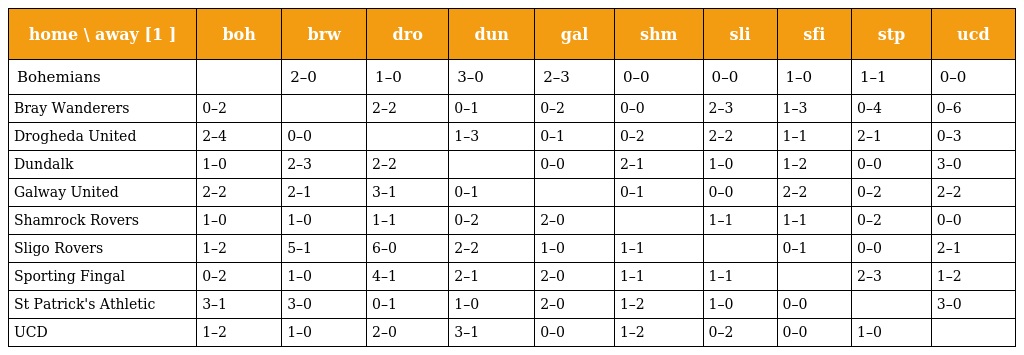
| home \ away [1 ] | boh | brw | dro | dun | gal | shm | sli | sfi | stp | ucd |
 | --- | --- | --- | --- | --- | --- | --- | --- | --- | --- | --- |
 | Bohemians |  | 2–0 | 1–0 | 3–0 | 2–3 | 0–0 | 0–0 | 1–0 | 1–1 | 0–0 |
 | Bray Wanderers | 0–2 |  | 2–2 | 0–1 | 0–2 | 0–0 | 2–3 | 1–3 | 0–4 | 0–6 |
 | Drogheda United | 2–4 | 0–0 |  | 1–3 | 0–1 | 0–2 | 2–2 | 1–1 | 2–1 | 0–3 |
 | Dundalk | 1–0 | 2–3 | 2–2 |  | 0–0 | 2–1 | 1–0 | 1–2 | 0–0 | 3–0 |
 | Galway United | 2–2 | 2–1 | 3–1 | 0–1 |  | 0–1 | 0–0 | 2–2 | 0–2 | 2–2 |
 | Shamrock Rovers | 1–0 | 1–0 | 1–1 | 0–2 | 2–0 |  | 1–1 | 1–1 | 0–2 | 0–0 |
 | Sligo Rovers | 1–2 | 5–1 | 6–0 | 2–2 | 1–0 | 1–1 |  | 0–1 | 0–0 | 2–1 |
 | Sporting Fingal | 0–2 | 1–0 | 4–1 | 2–1 | 2–0 | 1–1 | 1–1 |  | 2–3 | 1–2 |
 | St Patrick's Athletic | 3–1 | 3–0 | 0–1 | 1–0 | 2–0 | 1–2 | 1–0 | 0–0 |  | 3–0 |
 | UCD | 1–2 | 1–0 | 2–0 | 3–1 | 0–0 | 1–2 | 0–2 | 0–0 | 1–0 |  |